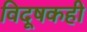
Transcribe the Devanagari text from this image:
विदूषकही